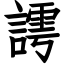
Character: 謣